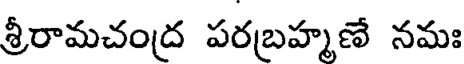
శ్రీరామచంద్ర పరబ్రహ్మణే నమః